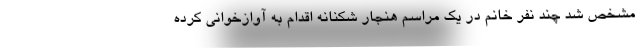
مشخص شد چند نفر خانم در یک مراسم هنجار شکنانه اقدام به آوازخوانی کرده